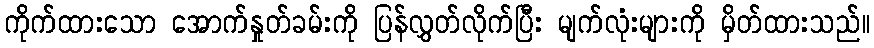
ကိုက်ထားသော အောက်နှုတ်ခမ်းကို ပြန်လွှတ်လိုက်ပြီး မျက်လုံးများကို မှိတ်ထားသည်။